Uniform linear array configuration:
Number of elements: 12
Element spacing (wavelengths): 0.5
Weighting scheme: uniform
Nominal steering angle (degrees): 45
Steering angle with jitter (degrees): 46.149
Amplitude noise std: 0.05
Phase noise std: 0.05

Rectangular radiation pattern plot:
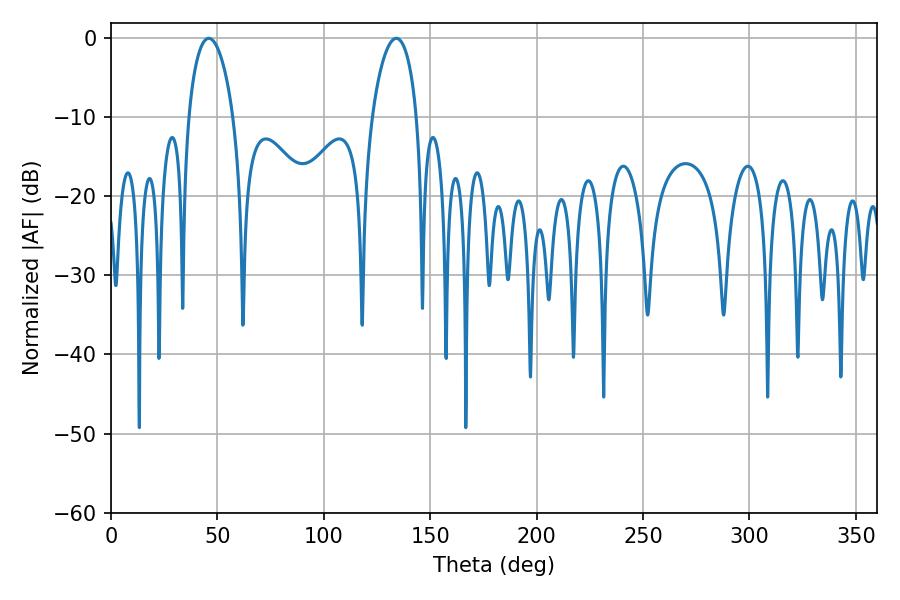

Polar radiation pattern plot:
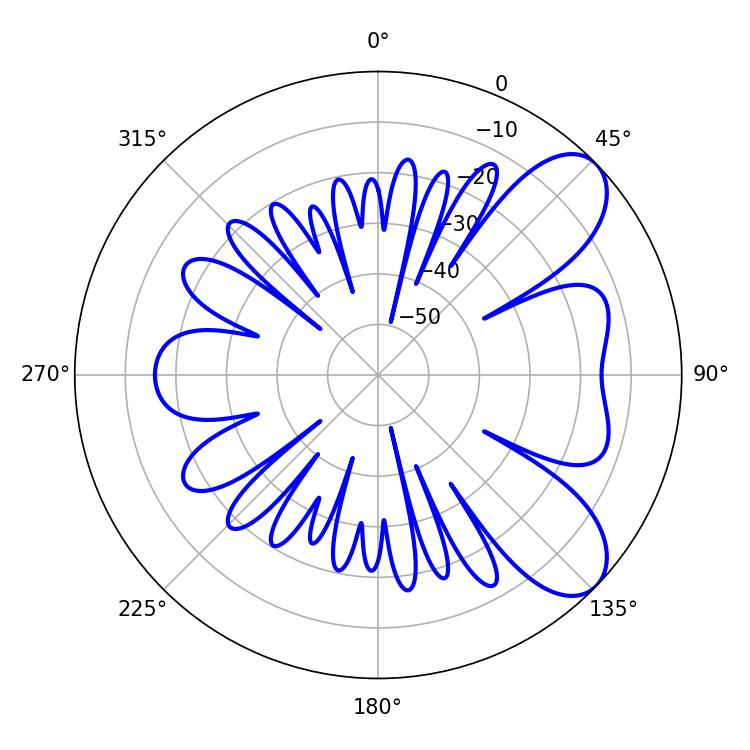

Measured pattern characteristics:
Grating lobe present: FALSE
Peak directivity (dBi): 7.772
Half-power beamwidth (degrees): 11.88
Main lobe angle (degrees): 45.9